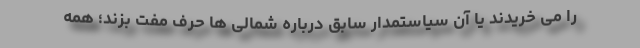
را می خریدند یا آن سیاستمدار سابق درباره شمالی ها حرف مفت بزند؛ همه